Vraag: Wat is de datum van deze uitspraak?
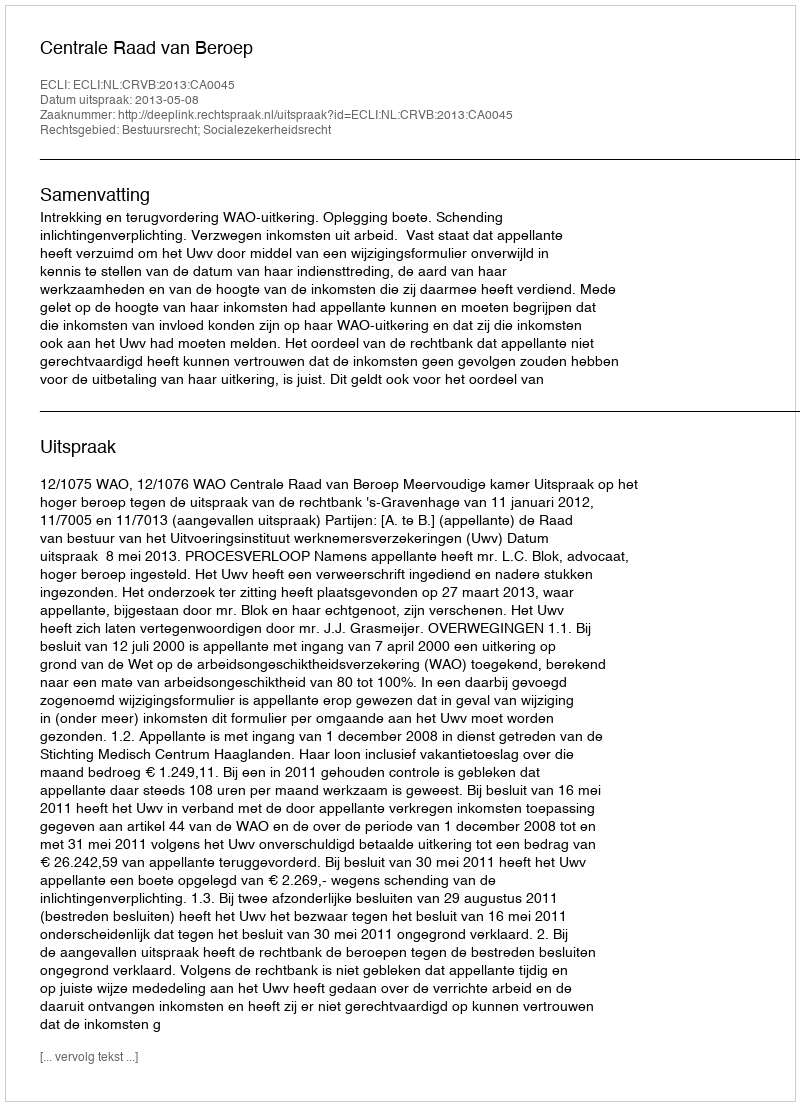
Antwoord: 2013-05-08